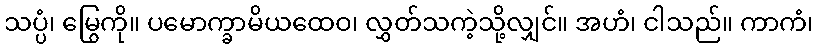
သပ္ပံ၊ မြွေကို။ ပမောက္ခာမိယထေဝ၊ လွှတ်သကဲ့သို့လျှင်။ အဟံ၊ ငါသည်။ ကာကံ၊